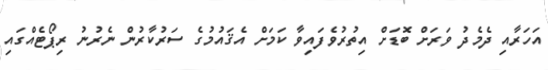
އަހަރާއި ދެމެދު ވަރަށް ބޮޑަށް އިތުރުވެފައިވާ ކަމަށް އެޤައުމުގެ ސަރުކާރުން ނެރުނު ރިޕޯޓެއްގައި